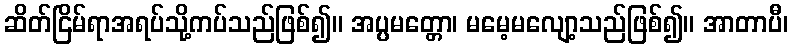
ဆိတ်ငြိမ်ရာအရပ်သို့ကပ်သည်ဖြစ်၍။ အပ္ပမတ္တော၊ မမေ့မလျော့သည်ဖြစ်၍။ အာတာပီ၊